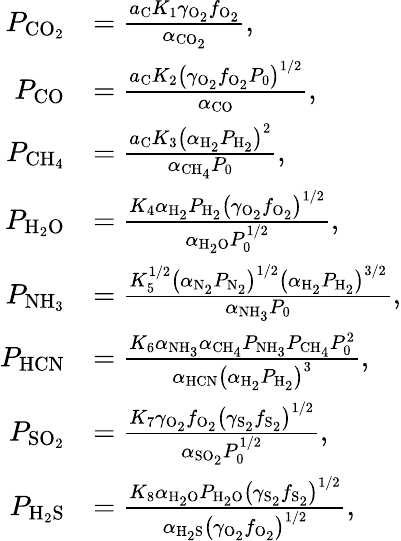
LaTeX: \begin{array}{rl}{P_{\mathrm{CO_{2}}}}&{=\frac{a_{\mathrm{C}}K_{1}\gamma_{\mathrm{O_{2}}}f_{\mathrm{O_{2}}}}{\alpha_{\mathrm{CO_{2}}}},}\\ {P_{\mathrm{CO}}}&{=\frac{a_{\mathrm{C}}K_{2}\left(\gamma_{\mathrm{O_{2}}}f_{\mathrm{O_{2}}}P_{0}\right)^{1/2}}{\alpha_{\mathrm{CO}}},}\\ {P_{\mathrm{CH_{4}}}}&{=\frac{a_{\mathrm{C}}K_{3}\left(\alpha_{\mathrm{H_{2}}}P_{\mathrm{H_{2}}}\right)^{2}}{\alpha_{\mathrm{CH_{4}}}P_{0}},}\\ {P_{\mathrm{H_{2}O}}}&{=\frac{K_{4}\alpha_{\mathrm{H_{2}}}P_{\mathrm{H_{2}}}\left(\gamma_{\mathrm{O_{2}}}f_{\mathrm{O_{2}}}\right)^{1/2}}{\alpha_{\mathrm{H_{2}O}}P_{0}^{1/2}},}\\ {P_{\mathrm{NH_{3}}}}&{=\frac{K_{5}^{1/2}\left(\alpha_{\mathrm{N_{2}}}P_{\mathrm{N_{2}}}\right)^{1/2}\left(\alpha_{\mathrm{H_{2}}}P_{\mathrm{H_{2}}}\right)^{3/2}}{\alpha_{\mathrm{NH_{3}}}P_{0}},}\\ {P_{\mathrm{HCN}}}&{=\frac{K_{6}\alpha_{\mathrm{NH_{3}}}\alpha_{\mathrm{CH_{4}}}P_{\mathrm{NH_{3}}}P_{\mathrm{CH_{4}}}P_{0}^{2}}{\alpha_{\mathrm{HCN}}\left(\alpha_{\mathrm{H_{2}}}P_{\mathrm{H_{2}}}\right)^{3}},}\\ {P_{\mathrm{SO_{2}}}}&{=\frac{K_{7}\gamma_{\mathrm{O_{2}}}f_{\mathrm{O_{2}}}\left(\gamma_{\mathrm{S_{2}}}f_{\mathrm{S_{2}}}\right)^{1/2}}{\alpha_{\mathrm{SO_{2}}}P_{0}^{1/2}},}\\ {P_{\mathrm{H_{2}S}}}&{=\frac{K_{8}\alpha_{\mathrm{H_{2}O}}P_{\mathrm{H_{2}O}}\left(\gamma_{\mathrm{S_{2}}}f_{\mathrm{S_{2}}}\right)^{1/2}}{\alpha_{\mathrm{H_{2}S}}\left(\gamma_{\mathrm{O_{2}}}f_{\mathrm{O_{2}}}\right)^{1/2}},}\end{array}